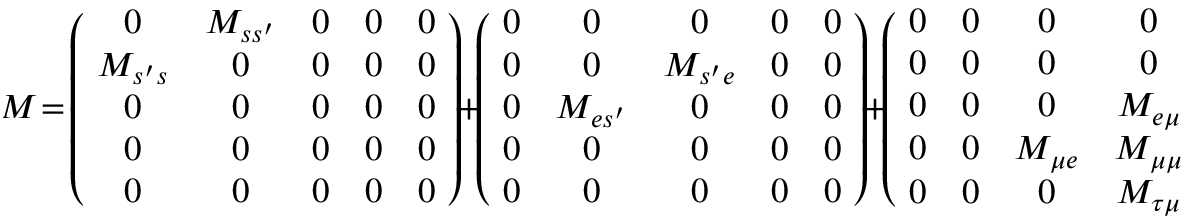
\! M \! = \! \left( \! \begin{array} { c c c c c } { { 0 } } & { { M _ { s s ^ { \prime } } } } & { { 0 } } & { { 0 } } & { { 0 } } \\ { { M _ { s ^ { \prime } s } } } & { { 0 } } & { { 0 } } & { { 0 } } & { { 0 } } \\ { { 0 } } & { { 0 } } & { { 0 } } & { { 0 } } & { { 0 } } \\ { { 0 } } & { { 0 } } & { { 0 } } & { { 0 } } & { { 0 } } \\ { { 0 } } & { { 0 } } & { { 0 } } & { { 0 } } & { { 0 } } \end{array} \! \right) \! + \! \left( \! \begin{array} { c c c c c } { { 0 } } & { { 0 } } & { { 0 } } & { { 0 } } & { { 0 } } \\ { { 0 } } & { { 0 } } & { { M _ { s ^ { \prime } e } } } & { { 0 } } & { { 0 } } \\ { { 0 } } & { { M _ { e s ^ { \prime } } } } & { { 0 } } & { { 0 } } & { { 0 } } \\ { { 0 } } & { { 0 } } & { { 0 } } & { { 0 } } & { { 0 } } \\ { { 0 } } & { { 0 } } & { { 0 } } & { { 0 } } & { { 0 } } \end{array} \! \right) \! + \! \left( \! \begin{array} { c c c c c } { { 0 } } & { { 0 } } & { { 0 } } & { { 0 } } & { { 0 } } \\ { { 0 } } & { { 0 } } & { { 0 } } & { { 0 } } & { { 0 } } \\ { { 0 } } & { { 0 } } & { { 0 } } & { { M _ { e \mu } } } & { { 0 } } \\ { { 0 } } & { { 0 } } & { { M _ { \mu e } } } & { { M _ { \mu \mu } } } & { { M _ { \mu \tau } } } \\ { { 0 } } & { { 0 } } & { { 0 } } & { { M _ { \tau \mu } } } & { { M _ { \tau \tau } } } \end{array} \! \right) \, ,